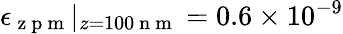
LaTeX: \epsilon_{\mathrm{~z~p~m~}}|_{z=100\mathrm{~n~m~}}=0.6\times 10^{-9}